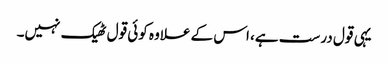
یہی قول درست ہے، اس کے علاوہ کوئی قول ٹھیک نہیں۔